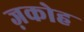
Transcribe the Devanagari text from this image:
ज़कोह